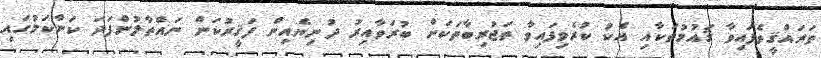
ތަރައްޤީވެފައިވާ ޤައުމުތަކާއި އެކު ކުރެވިފައިވާ ތަޖުރިބާތަކަށް ބުރަވާއިރު ދުނިޔެއިން ފަޤީރުކަން ނައްތާލުންފަދަ ކަންކަމުގައި